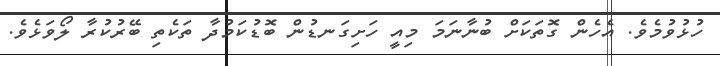
ހުޅުވުމެވެ. އެހެން ގޮތަކަށް ބުނާނަމަ މިއީ ހަށިގަނޑުން ބޮޑުކަމުދާ ތަކެތި ބޭރުކުރާ ލޯވަޅެވެ.